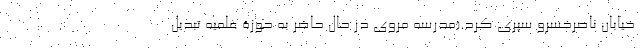
خیابان ناصرخسرو سپری کرد.(مدرسه مروی در حال حاضر به حوزۀ علمیه تبدیل